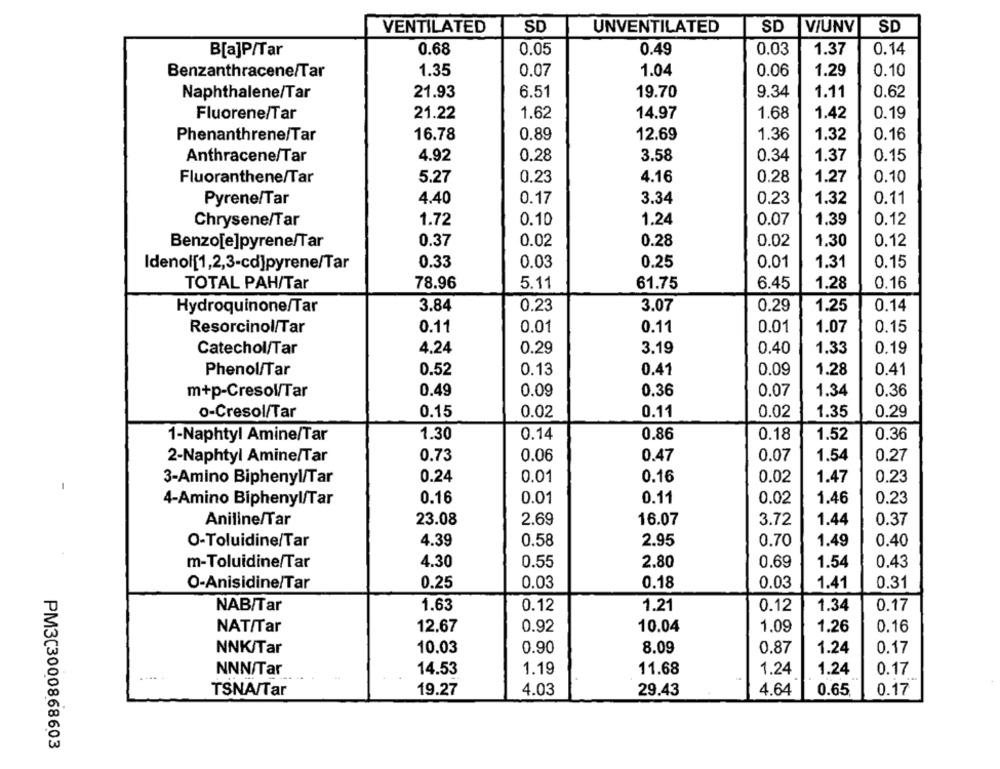
VENTILATED
SD
UNVENTILATED
SD
VIUNV
SD
B[a]P/Tar
0.68
0.05
0.49
0.03
1.37
0.14
Benzanthracene/Tar
1.35
0.07
1.04
0.06
1.29
0.10
0.62
Naphthalene/Tar
21.93
6.51
19.70
9.34
1.11
Fluorene/Tar
21.22
1.62
14.97
1.68
1.42
0.19
Phenanthrene/Tar
16.78
0.89
12.69
1.36
1.32
0.16
Anthracene/Tar
4.92
0.28
3.58
0.34
1.37
0.15
4.16
1.27
0.10
Fluoranthene/Tar
5.27
0.23
0.28
4.40
0.17
3.34
0.23
1.32
0.11
Pyrene/Tar
Chrysene/Tar
1.72
0.10
1.24
0.07
1.39
0.12
Benzo[e]pyrene/Tar
0.37
0.02
0.28
0.02
1.30
0.12
Idenol[1,2,3-cd]pyrene/Tar
0.33
0.03
0.25
0.01
1.31
0.15
78.96
5.11
61.75
0.16
TOTAL PAH/Tar
6.45
1.28
3.84
0.23
3.07
1.25
0.14
Hydroquinone/Tar
0.29
Resorcinol/Tar
0.11
0.01
0.11
0.01
1.07
0.15
Catechol/Tar
4.24
0.29
3.19
0.40
1.33
0.19
Phenol/Tar
0.41
0.52
0.13
0.41
0.09
1.28
m+p-Cresol/Tar
0.49
0.09
0.36
0.07
0.36
1.34
o-Cresol/Tar
0.15
0.02
0.11
0.02
1.35
0.29
1-Naphtyl Amine/Tar
1.30
0.14
0.86
0.18
1.52
0.36
2-Naphtyl Amine/Tar
0.73
0.06
0.47
0.07
1.54
0.27
0.16
3-Amino Biphenyl/Tar
0.24
0.01
0.02
1.47
0.23
4-Amino Biphenyl/Tar
0.16
0.01
0.11
0.02
1.46
0.23
Aniline/Tar
23.08
2.69
16.07
3.72
1.44
0.37
O-Toluidine/Tar
4.39
0.58
2.95
0.70
1.49
0.40
4.30
m-Toluidine/Tar
0.55
2.80
0.69
1.54
0.43
O-Anisidine/Tar
0.25
0.03
0.18
0.03
0.31
1.41
NAB/Tar
1.63
0.12
1.21
0.12
1.34
0.17
NAT/Tar
12.67
0.92
10.04
1.09
1.26
0.16
NNK/Tar
10.03
0.90
8.09
0.87
1.24
0.17
NNN/Tar
14.53
1.19
11.68
1.24
1.24
0.17
TSNA/Tar
19.27
4.03
29.43
4.64
0.65
0.17
PM3C3000868603